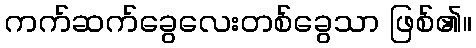
ကက်ဆက်ခွေလေးတစ်ခွေသာ ဖြစ်၏။